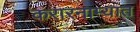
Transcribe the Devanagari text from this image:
करारनाम्यात